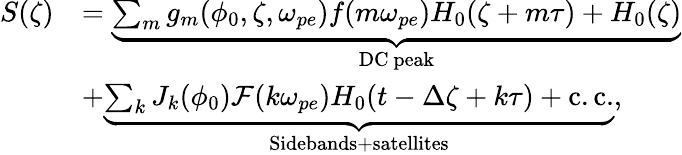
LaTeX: \begin{array}{rl}{S(\zeta)}&{=\underbrace{\sum_{m}g_{m}(\phi_{0},\zeta,\omega_{pe})f(m\omega_{pe})H_{0}(\zeta+m\tau)+H_{0}(\zeta)}_{\mathrm{DC~peak}}}\\ &{+\underbrace{\sum_{k}J_{k}(\phi_{0})\mathcal{F}(k\omega_{pe})H_{0}(t-\Delta\zeta+k\tau)+\mathrm{c.c.}}_{\mathrm{Sidebands+satellites}},}\end{array}